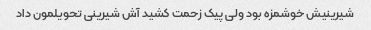
شیرینیش خوشمزه بود ولی پیک زحمت کشید آش شیرینی تحویلمون داد